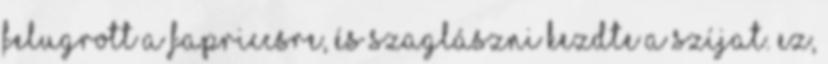
felugrott a fapriccsre, és szaglászni kezdte a szíjat. Ez,